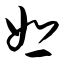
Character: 恕